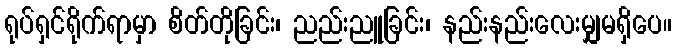
ရုပ်ရှင်ရိုက်ရာမှာ စိတ်တိုခြင်း၊ ညည်းညူခြင်း၊ နည်းနည်းလေးမျှမရှိပေ။